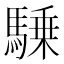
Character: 𱄥